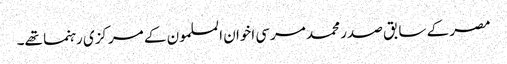
مصر کے سابق صدر محمد مرسی اخوان المسلمون کے مرکزی رہنما تھے۔